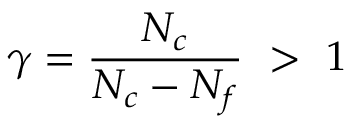
\gamma = \frac { N _ { c } } { N _ { c } - N _ { f } } ~ > ~ 1